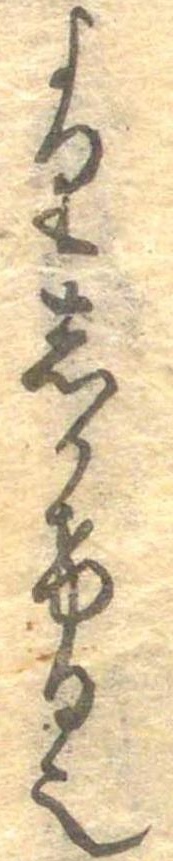
よりしかける也